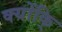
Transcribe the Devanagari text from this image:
क्योंकि्